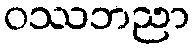
ဝဿဘညာ